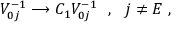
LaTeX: V _ { 0 j } ^ { - 1 } \longrightarrow C _ { 1 } V _ { 0 j } ^ { - 1 } \ \ , \ \ j \neq E \ ,